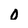
Character: 0